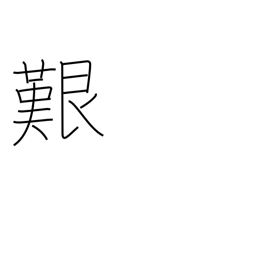
Meaning: perilous